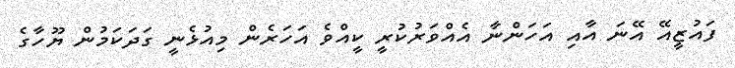
ފައުޒީއޭ އޭނަ އާއި އަހަންނާ އެއްވަރުކުރީ ކީއްވެ އަހަރެން މިއުޅެނީ ގަދަކަމުން ޔޫހާގެ